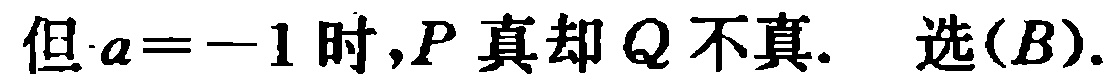
但\(a = -1\)时,\(P\)真却\(Q\)不真.  选\((B)\).